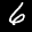
Label: 6